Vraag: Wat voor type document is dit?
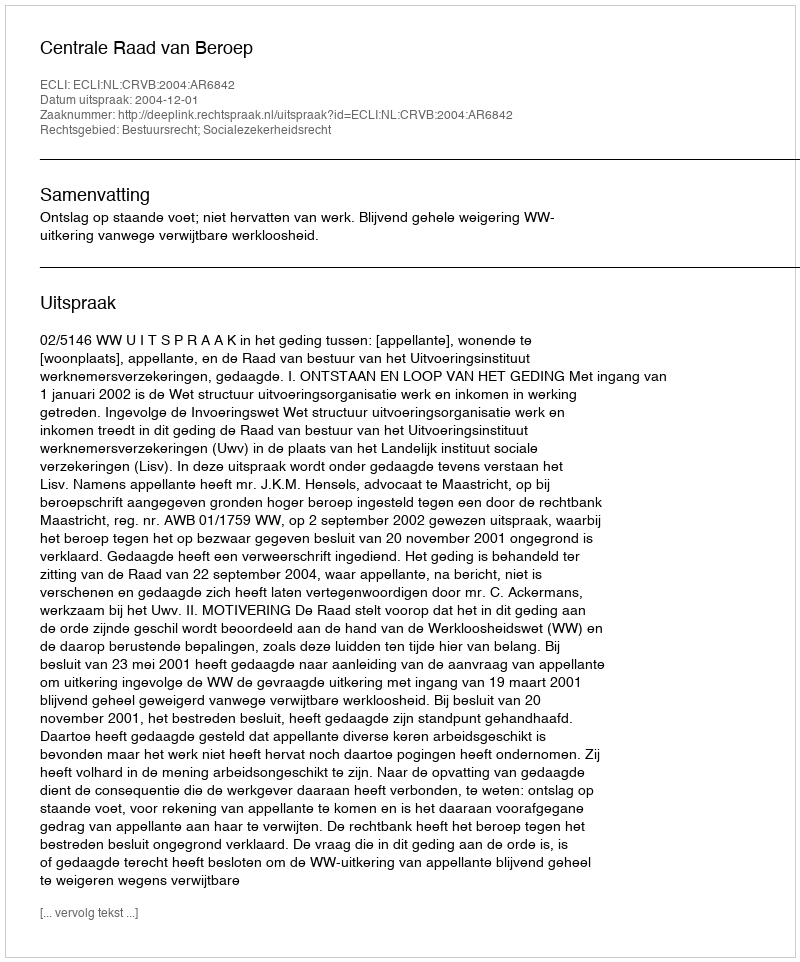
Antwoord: Uitspraak